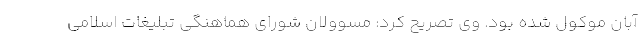
آبان موکول شده بود. وی تصریح کرد: مسوولان شورای هماهنگی تبلیغات اسلامی